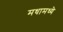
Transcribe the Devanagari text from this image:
मधामध्ये